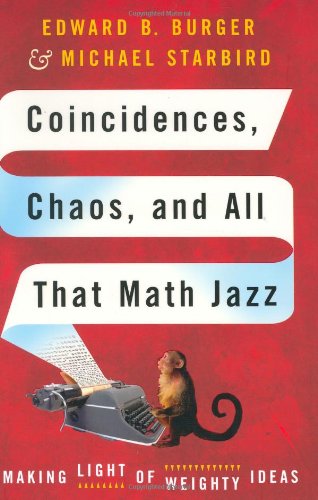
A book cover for Coincidences, Chaos, and All That Math Jazz: Making Light of Weighty Ideas; Edward B. Burger; Humor & Entertainment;